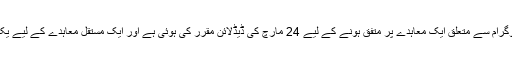
دونوں فریقوں نے ایران کے جوہری پروگرام سے متعلق ایک معاہدے پر متفق ہونے کے لیے 24 مارچ کی ڈیڈلائن مقرر کی ہوئی ہے اور ایک مستقل معاہدے کے لیے یکم جولائی کی ڈیڈلائن مقرر کی گئی ہے۔